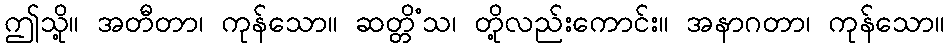
ဤသို့။ အတီတာ၊ ကုန်သော။ ဆတ္တိံသ၊ တို့လည်းကောင်း။ အနာဂတာ၊ ကုန်သော။